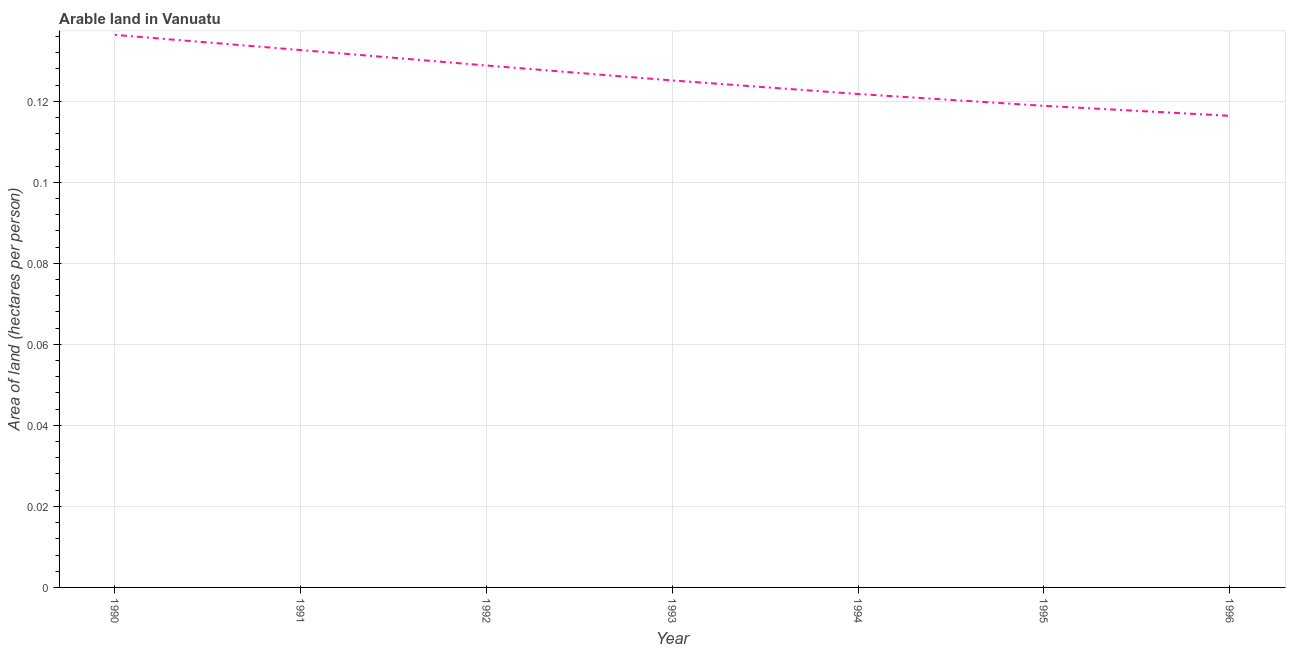
| Year | Arable land |
 | --- | --- |
 | 1990 | 0.136 |
 | 1991 | 0.133 |
 | 1992 | 0.129 |
 | 1993 | 0.125 |
 | 1994 | 0.122 |
 | 1995 | 0.119 |
 | 1996 | 0.116 |